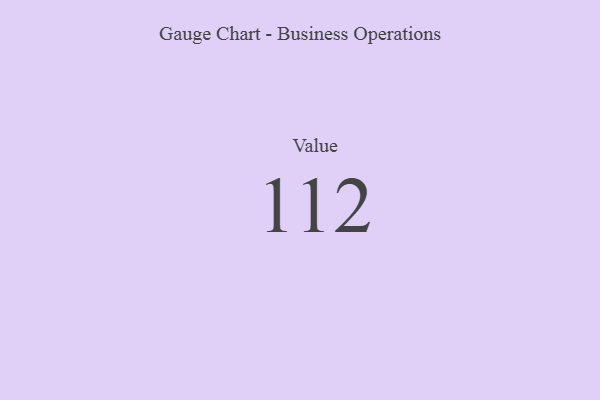
{"axis": {"x": "Metric", "y": "Value"}, "legend": [""], "data": [{"x": "Value", "y": 112, "type": ""}]}